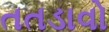
તતડાવો